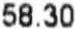
58.30